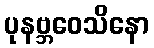
ပုနဗ္ဘဝေသိနော